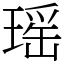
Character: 瑶